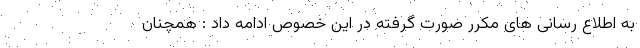
به اطلاع رسانی های مکرر صورت گرفته در این خصوص ادامه داد : همچنان